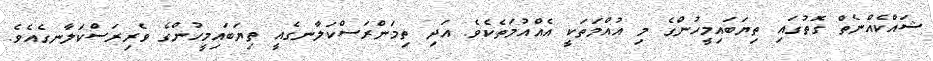
ޝައްކެއްނެތް ގޮތުގައި ތިޔަބައިމީހުންގެ މި އުއްމަތަކީ އެއްއުމަތެކެވެ. އަދި ތިމަންރަސްކަލާނގެއީ ތިޔަބައިމީހުންގެ ވެރިރަސްކަލާނގެއެވެ.